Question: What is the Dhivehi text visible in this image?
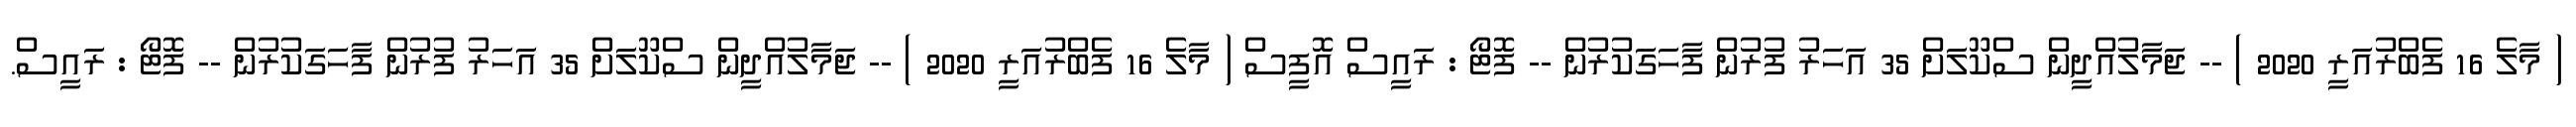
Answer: ( މާލެ 16 ފެބްރުއަރީ 2020 ) -- ޖަމާލުއްދީން ސްކޫލަށް 35 އަހަރު ފުރުން ފާހަގަކުރުން -- ފޮޓޯ : ރައީސް އޮފީސް ( މާލެ 16 ފެބްރުއަރީ 2020 ) -- ޖަމާލުއްދީން ސްކޫލަށް 35 އަހަރު ފުރުން ފާހަގަކުރުން -- ފޮޓޯ : ރައީސް.